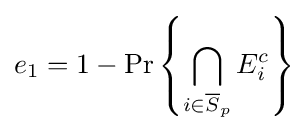
e_{1}=1-\Pr \left\{\bigcap _{i\in {\overline {S}}_{p}}E_{i}^{c}\right\}